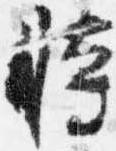
時